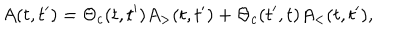
A ( t , t ^ { \prime } ) = \Theta _ { c } ( t , t ^ { \prime } ) A _ { > } ( t , t ^ { \prime } ) + \Theta _ { c } ( t ^ { \prime } , t ) A _ { < } ( t , t ^ { \prime } ) ,